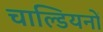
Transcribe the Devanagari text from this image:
चाल्डियनों